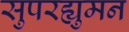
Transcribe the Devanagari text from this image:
सुपरह्युमन